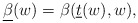
\begin{align*} \underline{\beta}(w)=\beta(\underline{t}(w),w),\end{align*}